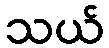
သယ်